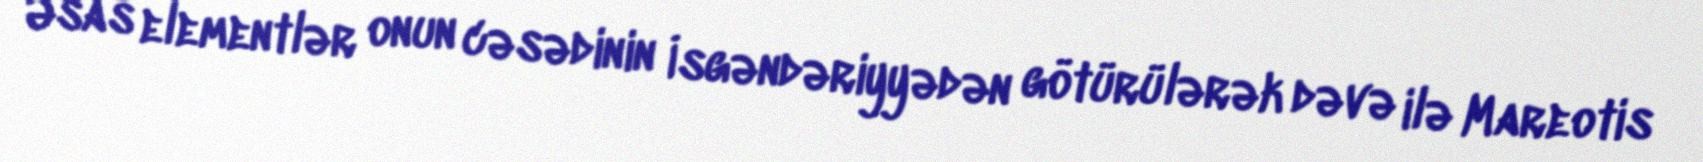
Əsas elementlər onun cəsədinin İsgəndəriyyədən götürülərək dəvə ilə Mareotis